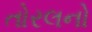
તોરલનો